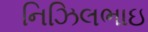
નિઝિલભાઇ